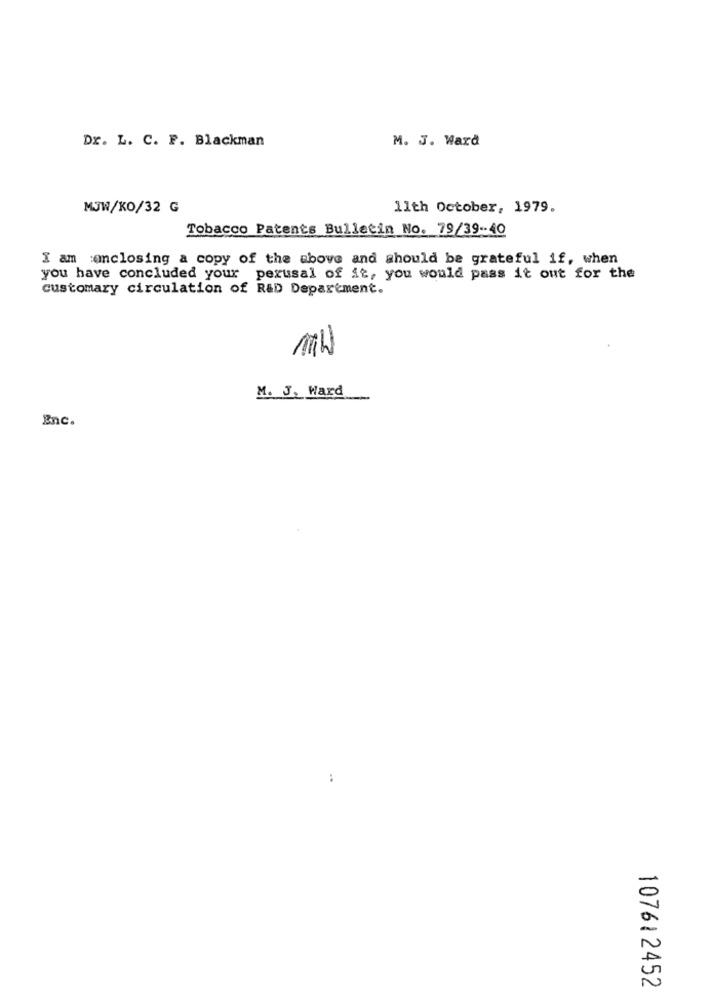
Dr. L. C. F. Blackman
M. J. Ward
MJW/KO/32 G
11th October, 1979.
Tobacco Patents Bulletin No. 79/39-40
I am enclosing a copy of the above and should be grateful if, when
you have concluded your perusal of it, you would pass it out for the
customary circulation of R&D Department.
MW
M. J. Ward
Enc.
..
107612452